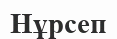
Нұрсеп